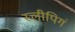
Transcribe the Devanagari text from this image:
स्लीपिगं